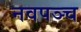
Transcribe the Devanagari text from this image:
नवपञ्च